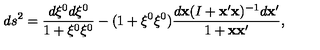
d s ^ { 2 } = \frac { d \xi ^ { 0 } d \xi ^ { 0 } } { 1 + \xi ^ { 0 } \xi ^ { 0 } } - ( 1 + \xi ^ { 0 } \xi ^ { 0 } ) \frac { d { \bf x } ( I + { \bf x } ^ { \prime } { \bf x } ) ^ { - 1 } d { \bf x } ^ { \prime } } { 1 + { \bf x } { \bf x } ^ { \prime } } ,